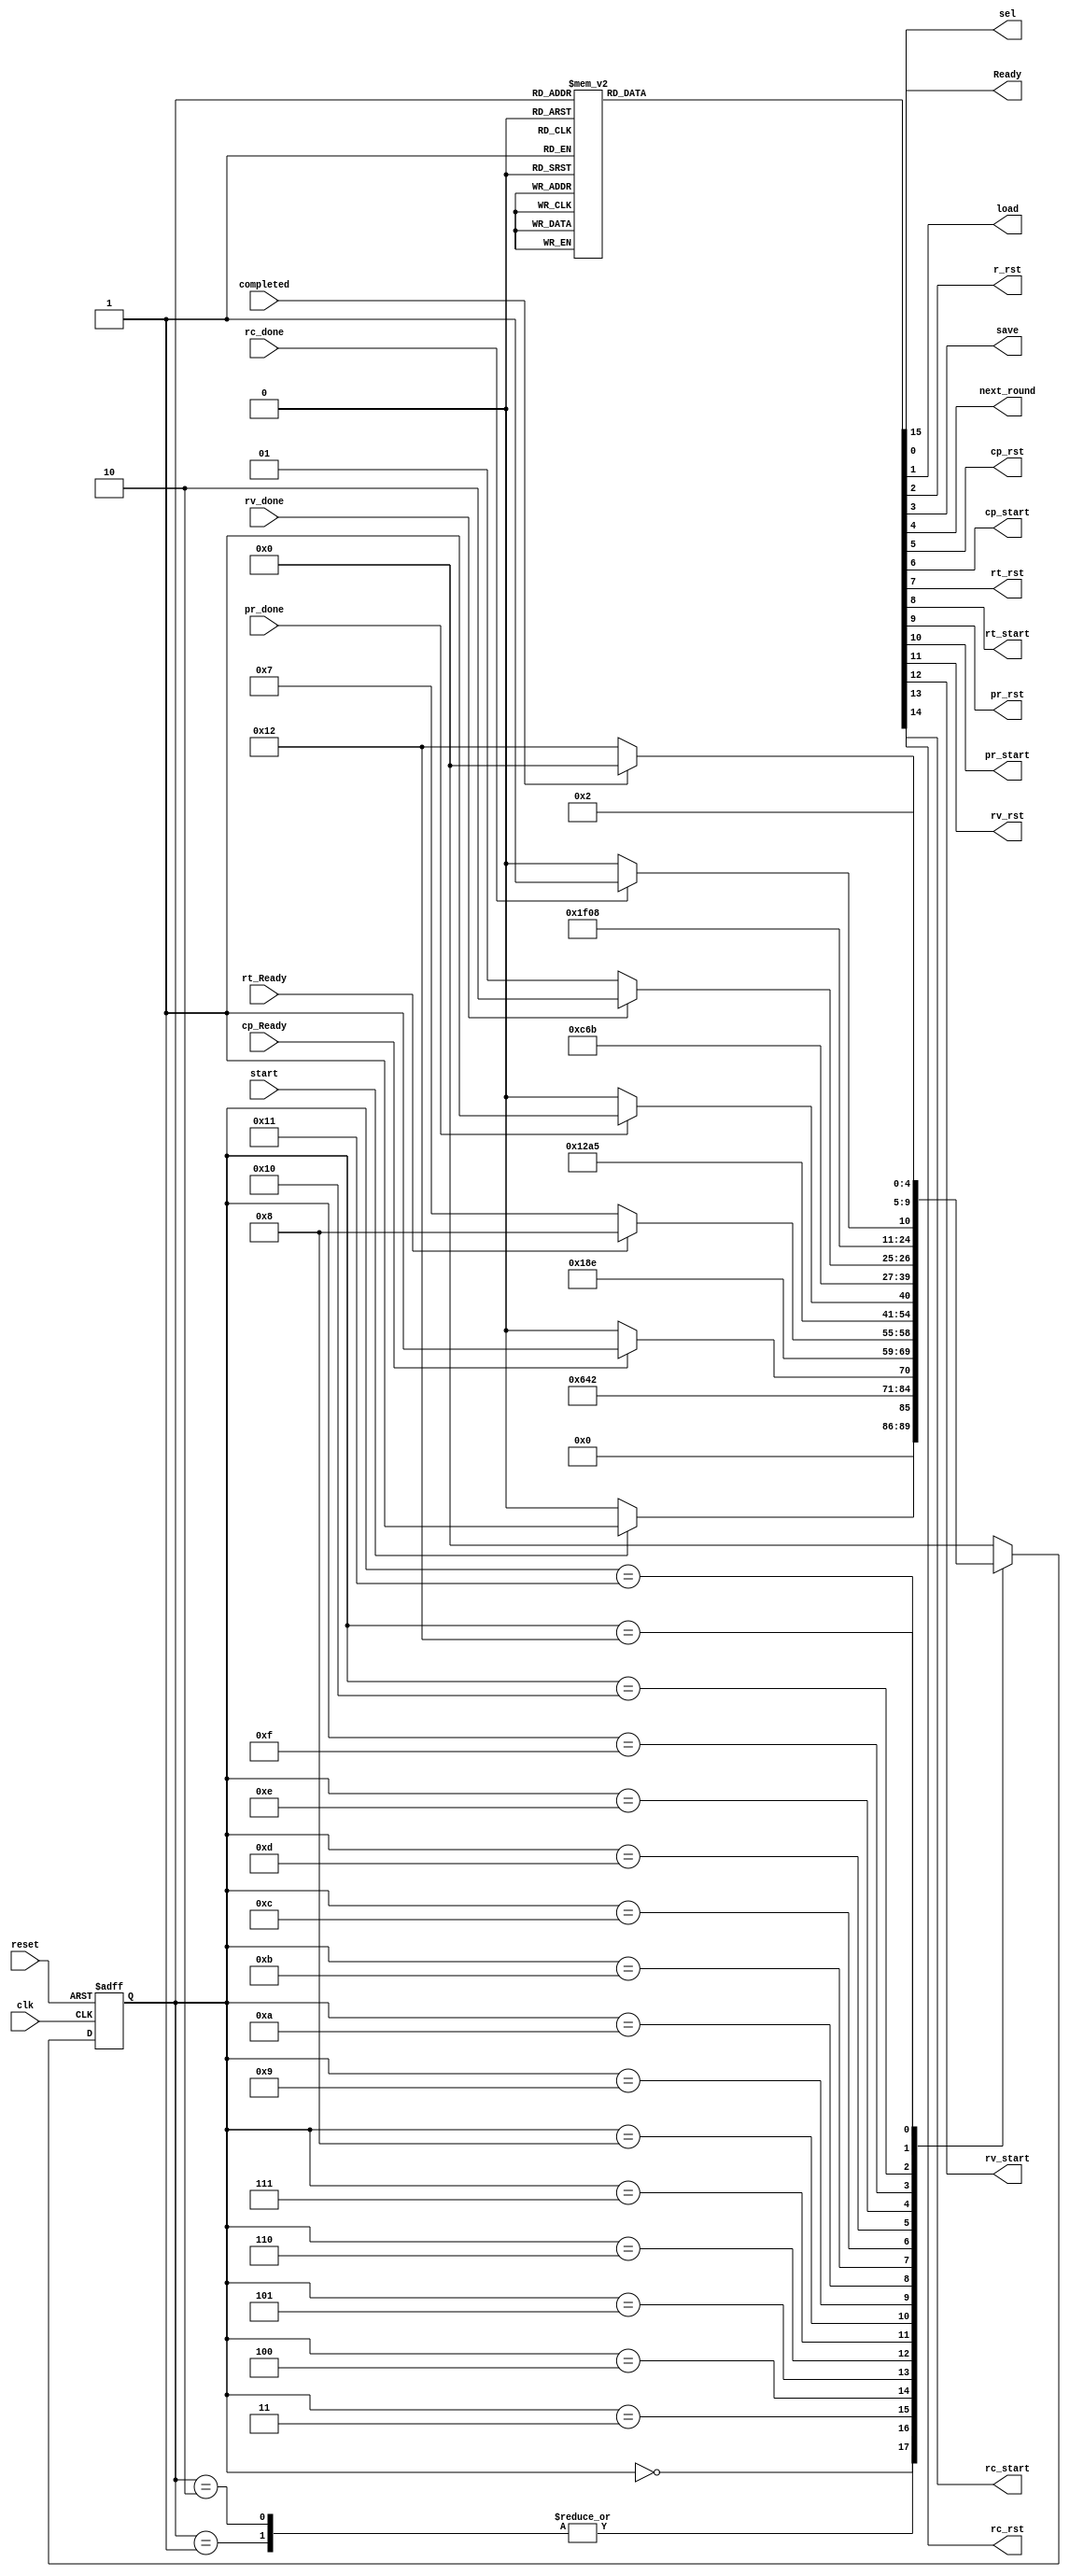
module encoder_CU (clk, reset, start, cp_Ready, rt_Ready, pr_done, rv_done, rc_done, completed,
            Ready, sel, load, r_rst, save, next_round,
            cp_rst, cp_start, 
            rt_rst, rt_start,
            pr_rst, pr_start,
            rv_rst, rv_start,
            rc_rst, rc_start,
            );
    input   clk, reset, start, cp_Ready, rt_Ready, pr_done, rv_done, rc_done, completed;
    output reg  Ready, sel, load, r_rst, save, next_round,
            cp_rst, cp_start, 
            rt_rst, rt_start,
            pr_rst, pr_start,
            rv_rst, rv_start,
            rc_rst, rc_start;

    reg[4:0] ps,ns;
    parameter [4:0] Idle=0, Get_Data=1, 
                    Init_cp=2,  Beg_cp=3,  Calc_cp=4,
                    Init_rt=5,  Beg_rt=6,  Calc_rt=7,
                    Init_pr=8,  Beg_pr=9,  Calc_pr=10,
                    Init_rv=11, Beg_rv=12, Calc_rv=13,
                    Init_rc=14, Beg_rc=15, Calc_rc=16,
                    Fetch_state=17, Next_round=18;
    
    always @(ps, start, cp_Ready, rt_Ready, pr_done, rv_done, rc_done, completed) begin
        ns=Idle;
        case (ps)
            Idle:        ns = start ? Get_Data : Idle;
            Get_Data:    ns = Beg_cp; 
            Init_cp:     ns = Beg_cp;
            Beg_cp:      ns = Calc_cp;
            Calc_cp:     ns = cp_Ready ? Init_rt : Calc_cp;
            Init_rt:     ns = Beg_rt;
            Beg_rt:      ns = Calc_rt;
            Calc_rt:     ns = rt_Ready ? Init_pr : Calc_rt;
            Init_pr:     ns = Beg_pr;
            Beg_pr:      ns = Calc_pr;
            Calc_pr:     ns = pr_done ? Init_rv : Calc_pr;
            Init_rv:     ns = Beg_rv;
            Beg_rv:      ns = Calc_rv;
            Calc_rv:     ns = rv_done ? Init_rc : Calc_rv;
            Init_rc:     ns = Beg_rc;
            Beg_rc:      ns = Calc_rc;
            Calc_rc:     ns = rc_done ? Fetch_state : Calc_rc;
            Fetch_state: ns = completed ? Idle : Next_round;
            Next_round:  ns = Init_cp;
        endcase
    end

    always @(ps) begin
        {Ready, sel, load, r_rst, 
                save, next_round,
                cp_rst, cp_start, 
                rt_rst, rt_start,
                pr_rst, pr_start,
                rv_rst, rv_start,
                rc_rst, rc_start} = 16'd0;
        case (ps)
            Idle:       Ready = 1'b1;
            Get_Data:   {sel, load, cp_rst, r_rst} = 4'b0111; 
            Init_cp:    {sel, load, cp_rst} = 3'b111;
            Beg_cp:     cp_start = 1'b1;
            Calc_cp:    ;
            Init_rt:    {save, rt_rst} = 2'b11;
            Beg_rt:     rt_start = 1'b1;
            Calc_rt:    ;
            Init_pr:    pr_rst = 1'b1;
            Beg_pr:     pr_start = 1'b1;
            Calc_pr:    ;
            Init_rv:    rv_rst = 1'b1;
            Beg_rv:     rv_start = 1'b1;
            Calc_rv:    ;
            Init_rc:    rc_rst = 1'b1;
            Beg_rc:     rc_start = 1'b1;
            Calc_rc:    ;
            Fetch_state:;
            Next_round: next_round = 1'b1;
        endcase
    end

    always @(posedge clk , posedge reset) begin
        if(reset)
            ps <= Idle;
        else
            ps <= ns;
	end
endmodule
// module encoder_CU (clk, reset, start, cp_Ready, rt_Ready, pr_done, rv_done, rc_done, completed,
//             Ready, sel, load, r_rst, save, next_round,
//             cp_rst, cp_start, 
//             rt_rst, rt_start,
//             pr_rst, pr_start,
//             rv_rst, rv_start,
//             rc_rst, rc_start,
//             );
//     input   clk, reset, start, cp_Ready, rt_Ready, pr_done, rv_done, rc_done, completed;
//     output reg  Ready, sel, load, r_rst, save, next_round,
//             cp_rst, cp_start, 
//             rt_rst, rt_start,
//             pr_rst, pr_start,
//             rv_rst, rv_start,
//             rc_rst, rc_start;

//     reg[4:0] ps,ns;
//     parameter [4:0] Idle=0, Get_Data=1, 
//                     Init_cp=2,  Beg_cp=3,  Calc_cp=4,
//                     Init_rt=5,  Beg_rt=6,  Calc_rt=7,
//                     Init_pr=8,  Beg_pr=9,  Calc_pr=10,
//                     Init_rv=11, Beg_rv=12, Calc_rv=13,
//                     Init_rc=14, Beg_rc=15, Calc_rc=16,
//                     Fetch_state=17, Next_round=18;
    
//     always @(ps, start, cp_Ready, rt_Ready, pr_done, rv_done, rc_done, completed) begin
//         ns=Idle;
//         case (ps)
//             Idle:        ns = start ? Get_Data : Idle;
//             Get_Data:    ns = Beg_cp; 
//             Init_cp:     ns = Beg_cp;
//             Beg_cp:      ns = Calc_cp;
//             Calc_cp:     ns = cp_Ready ? Init_rt : Calc_cp;
//             Init_rt:     ns = Beg_rt;
//             Beg_rt:      ns = Calc_rt;
//             Calc_rt:     ns = rt_Ready ? Init_pr : Calc_rt;
//             Init_pr:     ns = Beg_pr;
//             Beg_pr:      ns = Calc_pr;
//             Calc_pr:     ns = pr_done ? Init_rv : Calc_pr;
//             Init_rv:     ns = Beg_rv;
//             Beg_rv:      ns = Calc_rv;
//             Calc_rv:     ns = rv_done ? Init_rc : Calc_rv;
//             Init_rc:     ns = Beg_rc;
//             Beg_rc:      ns = Calc_rc;
//             Calc_rc:     ns = rc_done ? Fetch_state : Calc_rc;
//             Fetch_state: ns =  Idle;
//             Next_round:  ns = Init_cp;
//         endcase
//     end

//     always @(ps) begin
//         {Ready, sel, load, r_rst, 
//                 save, next_round,
//                 cp_rst, cp_start, 
//                 rt_rst, rt_start,
//                 pr_rst, pr_start,
//                 rv_rst, rv_start,
//                 rc_rst, rc_start} = 16'd0;
//         case (ps)
//             Idle:       Ready = 1'b1;
//             Get_Data:   {sel, load, cp_rst, r_rst} = 4'b0111; 
//             Init_cp:    {sel, load, cp_rst} = 3'b111;
//             Beg_cp:     cp_start = 1'b1;
//             Calc_cp:    ;
//             Init_rt:    {save, rt_rst} = 2'b11;
//             Beg_rt:     rt_start = 1'b1;
//             Calc_rt:    ;
//             Init_pr:    pr_rst = 1'b1;
//             Beg_pr:     pr_start = 1'b1;
//             Calc_pr:    ;
//             Init_rv:    rv_rst = 1'b1;
//             Beg_rv:     rv_start = 1'b1;
//             Calc_rv:    ;
//             Init_rc:    rc_rst = 1'b1;
//             Beg_rc:     rc_start = 1'b1;
//             Calc_rc:    ;
//             Fetch_state:;
//             Next_round: next_round = 1'b1;
//         endcase
//     end

//     always @(posedge clk , posedge reset) begin
//         if(reset)
//             ps <= Idle;
//         else
//             ps <= ns;
// 	end
// endmodule